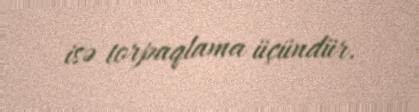
isə torpaqlama üçündür.